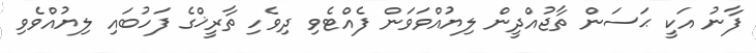
ފާނު އަކީ ޙަސަން ތާޖުއްދީން ލިޔުއްވަވަން ފެއްޓެވި ދިވެހި ތާރީޚްގެ ފަހުބައި ލިޔުއްވެވި